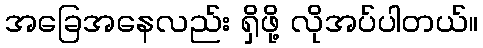
အခြေအနေလည်း ရှိဖို့ လိုအပ်ပါတယ်။